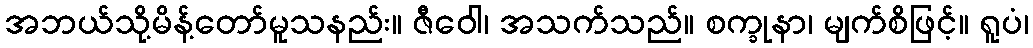
အဘယ်သို့မိန့်တော်မူသနည်း။ ဇီဝေါ၊ အသက်သည်။ စက္ခုနာ၊ မျက်စိဖြင့်။ ရူပံ၊